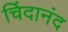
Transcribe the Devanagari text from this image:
चिंदानंद